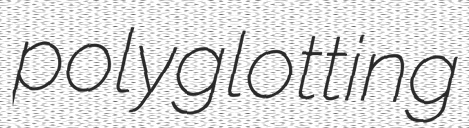
polyglotting